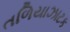
તળિયાઝાટક